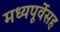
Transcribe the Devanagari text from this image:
मध्यपूर्वेसह